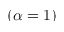
( \alpha = 1 )